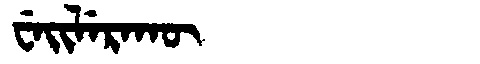
Manchu: ᠸᡝᡳᠯᡝᡵᠠᡴᡡ
Romanization: WEILERAKŪ